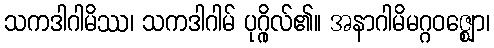
သကဒါဂါမိဿ၊ သကဒါဂါမ် ပုဂ္ဂိုလ်၏။ အနာဂါမိမဂ္ဂဝဇ္ဈော၊